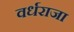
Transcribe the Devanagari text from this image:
वर्धराजा